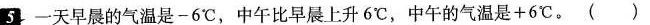
5-天早晨的气温是-6℃，中午比早晨上升6℃，中午的气温是+6℃。( )